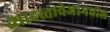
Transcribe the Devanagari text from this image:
त्यादस्तावेजामधील